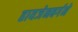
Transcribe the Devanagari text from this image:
हायजेनबर्गने